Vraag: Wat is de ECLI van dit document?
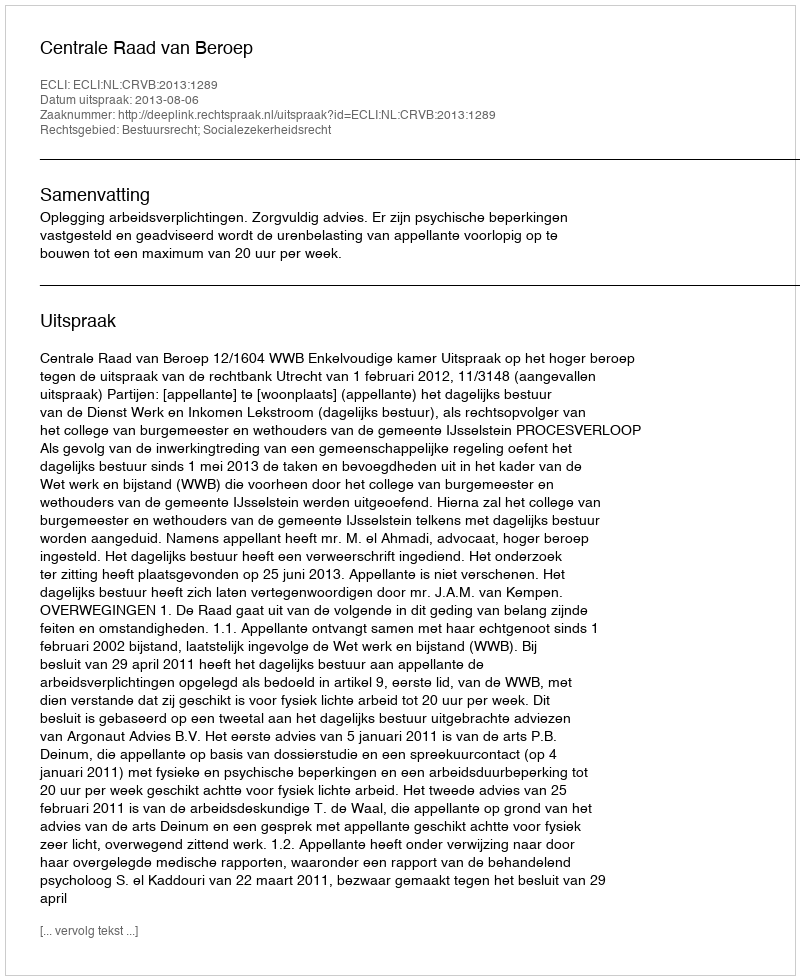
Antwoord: ECLI:NL:CRVB:2013:1289